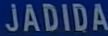
JADIDA